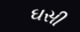
ઘસી